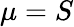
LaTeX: \mu=S